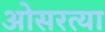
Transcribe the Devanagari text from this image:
ओसरत्या